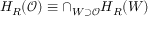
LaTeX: H _ { R } ( \mathcal { O } ) \equiv \cap _ { W \supset \mathcal { O } } H _ { R } ( W )